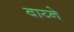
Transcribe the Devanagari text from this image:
बाय्ने